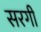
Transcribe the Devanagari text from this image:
सरगी